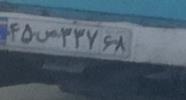
۴۵ص۳۳۷۶۷